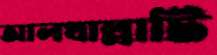
আলখাল্লাটি